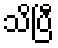
သိပြီ